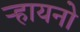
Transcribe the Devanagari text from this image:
ऱ्हायनो